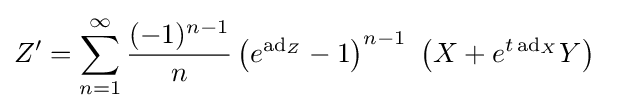
Z'=\sum \limits _{n=1}^{\infty }{\frac {(-1)^{n-1}}{n}}\left(e^{\mathrm {ad} _{Z}}-1\right)^{n-1}~\left(X+e^{t\,\mathrm {ad} _{X}}Y\right)~